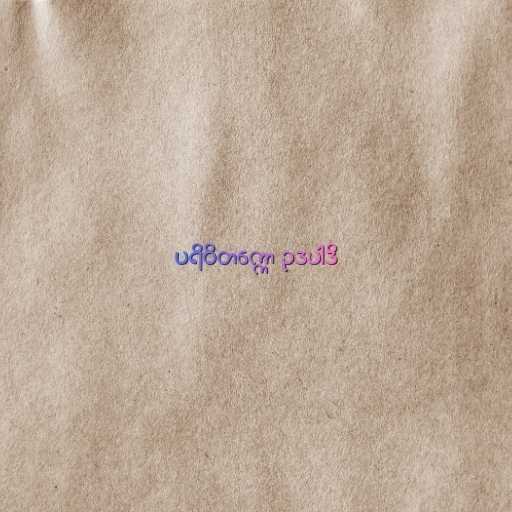
ပရိဝိတက္ကော ဥဒပါဒိ